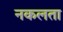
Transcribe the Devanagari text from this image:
नकलता